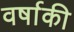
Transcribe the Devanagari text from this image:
वर्षाकी